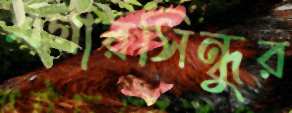
এগারসিন্ধুর